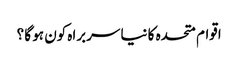
اقوام متحدہ کا نیا سربراہ کون ہو گا ؟